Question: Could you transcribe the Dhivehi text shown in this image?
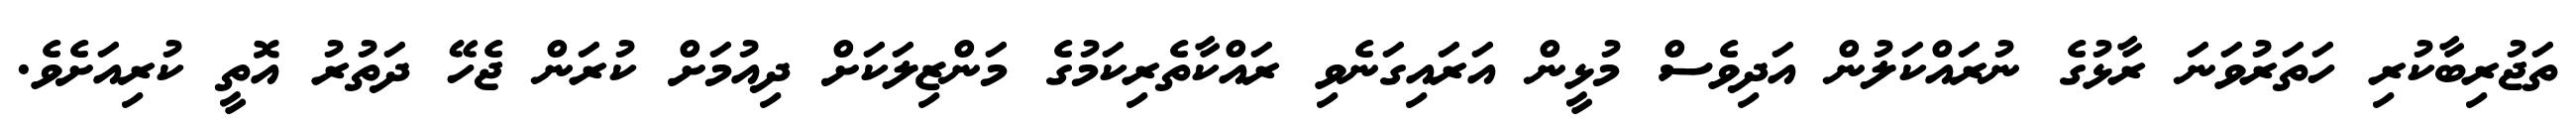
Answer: ތަޖުރިބާކުރި ހަތަރުވަނަ ރާޅުގެ ނުރައްކަލުން އަދިވެސް މުޅީން އަރައިގަނެވި ރައްކާތެރިކަމުގެ މަންޒިލަކަށް ދިއުމަށް ކުރަން ޖެހޭ ދަތުރު އޮތީ ކުރިއަށެވެ.